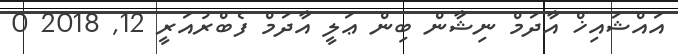
އައްޝައިޚް އާދަމް ނިޝާން ބިން ޢަލީ އާދަމް ފެބްރުއަރީ 12